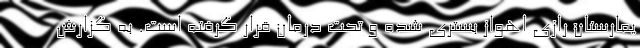
یمارستان رازی اهواز بستری شده و تحت درمان قرار گرفته است. به گزارش